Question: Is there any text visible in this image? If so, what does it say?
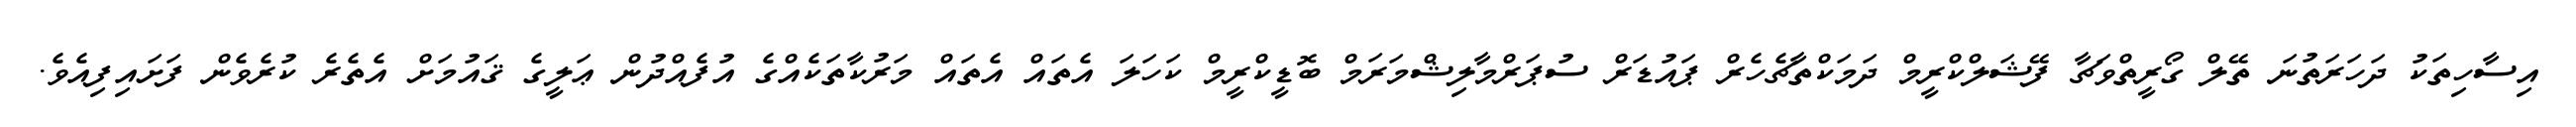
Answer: އިސާހިތަކު ދަހަރަތުނަ ތޭލް ގޯރީތްވަޗާ ފޭޝަލްކްރީމް ދަމަކްތާޗެހެރް ޕައުޑަރް ސުޕަރްމާލިޝްމަރަމް ބޮޑީކްރީމް ކަހަލަ އެތައް އެތައް މަރުކާތަކެއްގެ އުފެއްދުން ޢަލީގެ ޤައުމަށް އެތެރެ ކުރެވެން ފަށައިފިއެވެ.